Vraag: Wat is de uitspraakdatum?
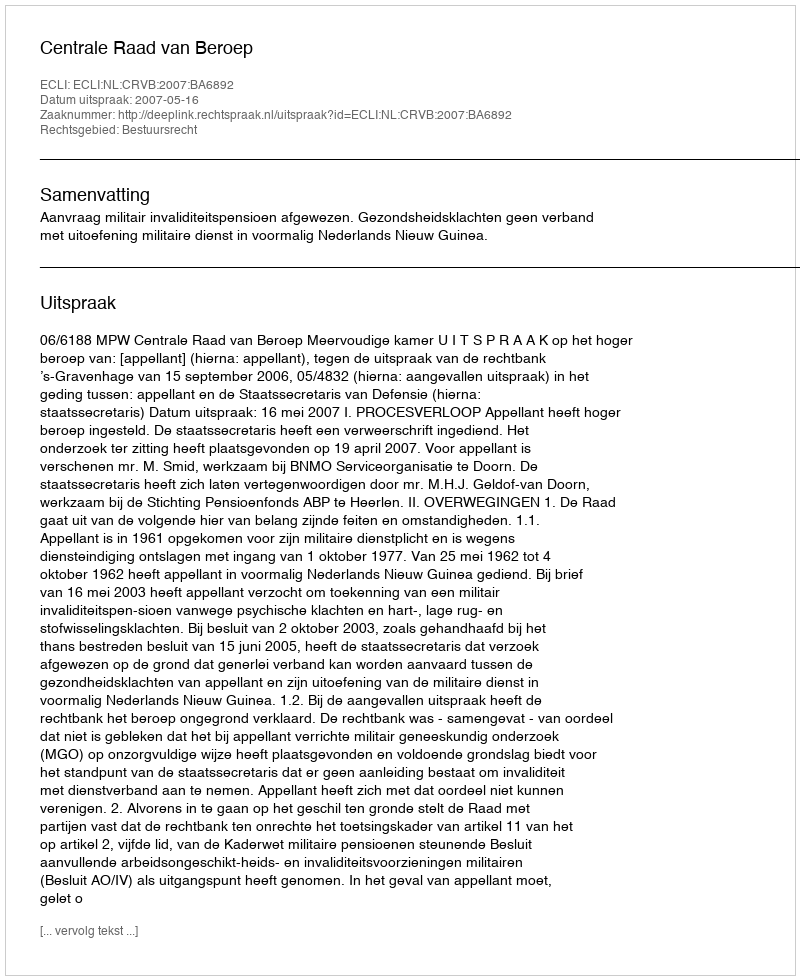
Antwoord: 2007-05-16